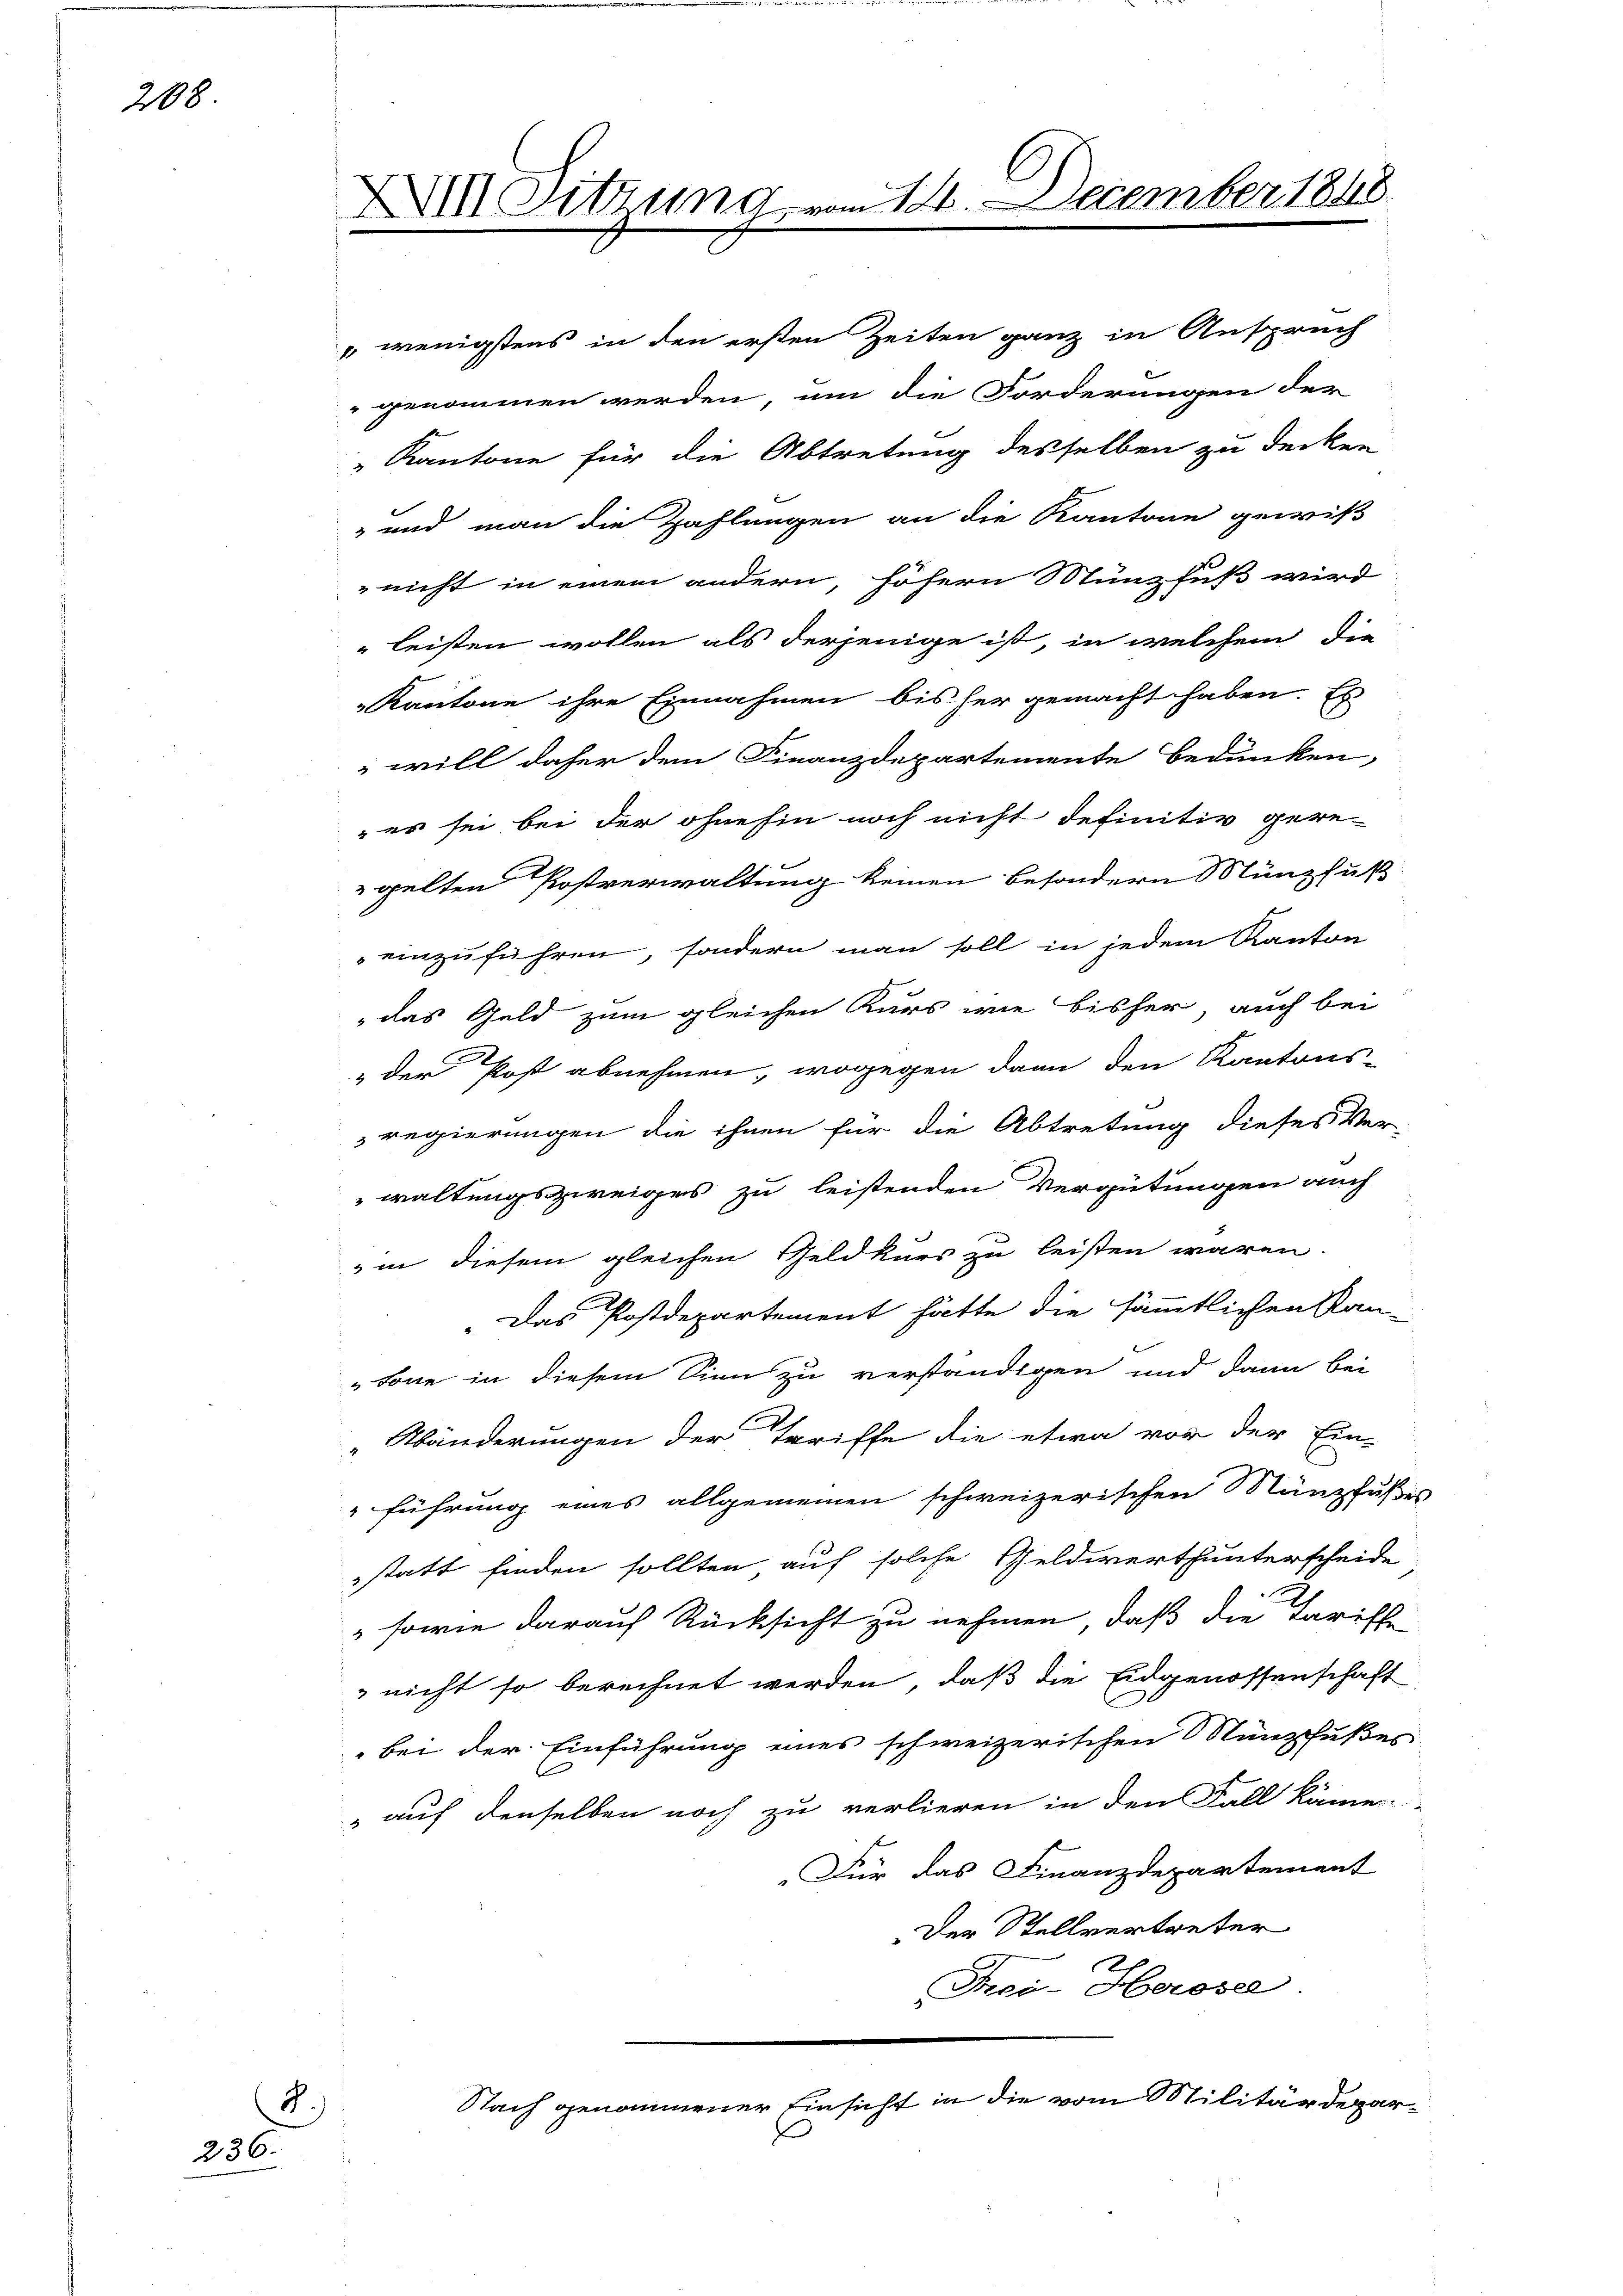
208

2.)
236.

XIII Sitzung vom 14. December 1848

und man die Zahlungen an die Kantone gewiß
nicht in einem andern, höhern Münzfuß wird
" leisten wollen als derjenige ist, in welchem die
Kantone ihre Einnahmen bis her gemacht haben. Es
will daher dem Finanzdepartemente Bedunken,
 es sei bei der ohnehin noch nicht definitiv gere-
gelten Postverwaltung keinen besondern Münzfuß
einzuführen, sondern man soll in jedem Kanton
das Geld zum gleichen Kurs wie bisher, auch bei
„der Post abnehmen, wogegen dann den Kantons-
regierungen die ihnen für die Abtretung dieses Ver-
waltungszweiges zu leistenden Vergütungen auch
in diesem gleichen Geldkurs zu leisten waren
Das Postdepartement hätte die sämmtlichen Kan-
kone in diesem Sinn zu verständigen und dann bei
„Abänderungen der Triffe die etwa vor der Ein-
führung eines allgemeinen schweizerischen Münzfußes
statt finden sollten auf solche Geldwerthunterscheide
" sowie darauf Rücksicht zu nehmen, daß die Tariffe
 nicht so berechnet werden, daß die Eidgenossenschaft
bei der Einführung eines schweizerischen Nünzfußes
„auf denselben noch zu verlieren in den Fall käme.
Für das Finanzdepartement
Der Stellvertreter
h
Frei-Herosel.
Nach genommener Einsicht in die vom Militärdepar¬

" wenigstens in den ersten Zeiten ganz in Anspruch
genommen werden, um die Forderungen der
" Kantone für die Abtretung desselben zu decken

e